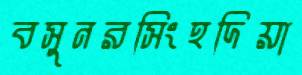
বসুনরসিংহদিয়া